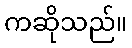
ကဆိုသည်။